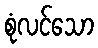
စုံလင်သော